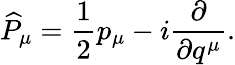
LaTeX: \widehat{P}_{\mu}=\frac{1}{2}p_{\mu}-i\frac{\partial}{\partial q^{\mu}}.